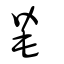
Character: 毞